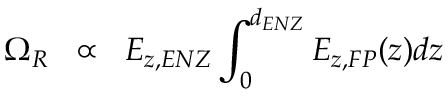
\Omega _ { R } \; \; \propto \; \; E _ { z , E N Z } \int _ { 0 } ^ { d _ { E N Z } } E _ { z , F P } ( z ) d z